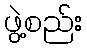
ဖွဲ့စည်း